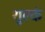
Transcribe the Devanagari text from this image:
शुल्कं